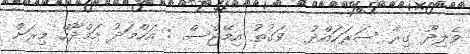
ވެލިދޫ ގިރާ ސަރަހައްދު  ވަގުތު އިމޭޖްސް : އަހްމަދު މަމްދޫހް މިރަށް